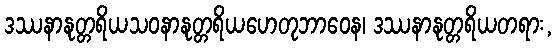
ဒဿနာနုတ္တရိယသဝနာနုတ္တရိယဟေတုဘာဝေန၊ ဒဿနာနုတ္တရိယတရား,